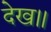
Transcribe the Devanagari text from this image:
देख॥